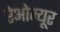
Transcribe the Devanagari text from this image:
रेओम्यूर